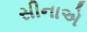
સીનાએ